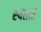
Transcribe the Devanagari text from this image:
स्वतार्त्र